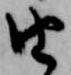
由